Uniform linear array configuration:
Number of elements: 8
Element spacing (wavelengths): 0.75
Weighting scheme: hann
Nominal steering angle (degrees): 30
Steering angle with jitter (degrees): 30.027
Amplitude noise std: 0.05
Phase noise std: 0.05

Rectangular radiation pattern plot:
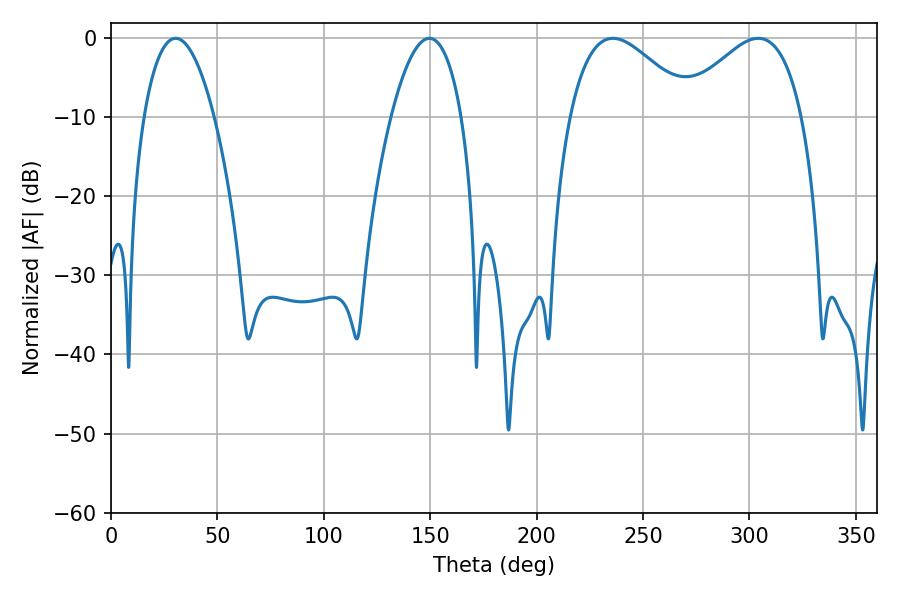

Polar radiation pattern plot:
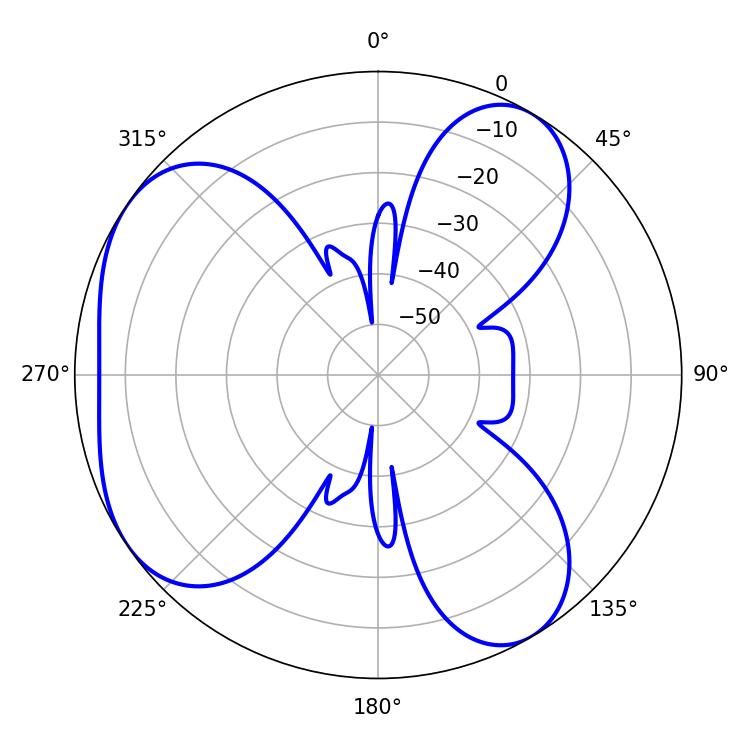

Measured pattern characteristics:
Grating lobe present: TRUE
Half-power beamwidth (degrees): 31.14
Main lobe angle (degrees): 304.2